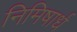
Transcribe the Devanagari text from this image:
निमिषार्ध